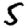
Digit: 5